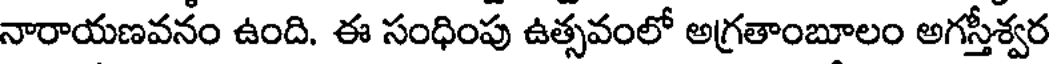
నారాయణవనం ఉంది. ఈ సంధింపు ఉత్సవంలో అగ్రతాంబూలం అగస్తీశ్వర